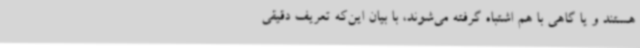
هستند و یا گاهی با هم اشتباه گرفته می‌شوند، با بیان این‌که تعریف دقیقی